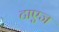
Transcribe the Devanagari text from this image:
टाएज